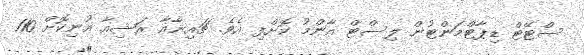
ސްޓޭޓް ޑިޕާޓްމަންޓުން ލިސްޓް އާންމު ކޮށްފި އެވެ. ޗައިނާއާ ރަޝިއާ އުނިކޮށް 110